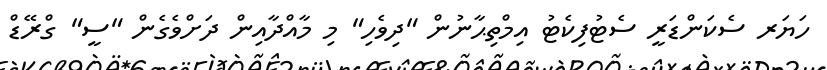
ހަޔަރ ސެކަންޑަރީ ސެޓުފިކެޓު އިމްތިޙާނުން "ދިވެހި" މި މާއްދާއިން ދަށްވެގެން "ސީ" ގްރޭޑް